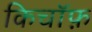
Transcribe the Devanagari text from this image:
किचॉफ़